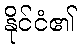
နိုင်ငံ၏